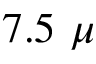
7 . 5 ~ \mu